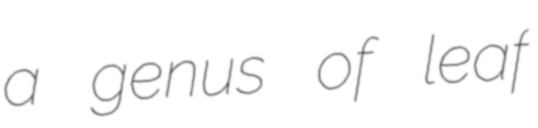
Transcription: a genus of leaf